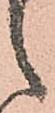
之